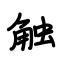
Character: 触